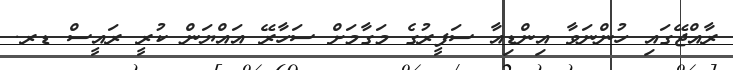
ރާއްޖޭގައި ހުންނަވާ އިންޑިއާ ސަފީރުގެ މަގާމަށް ސަހާރޭ އައްޔަން ކުރީ ރައީސް ޑރ.